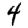
Digit: 4